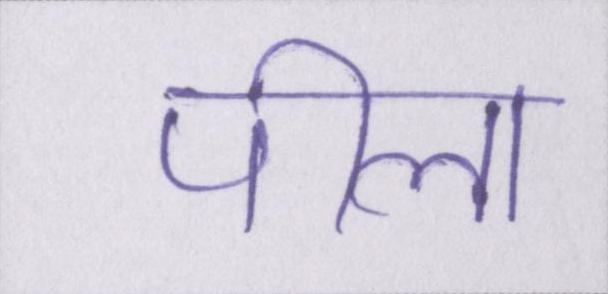
पीला